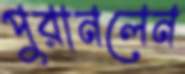
পুরানলেন